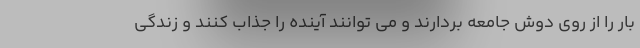
بار را از روی دوش جامعه بردارند و می توانند آینده را جذاب کنند و زندگی